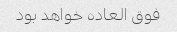
فوق العاده خواهد بود